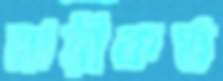
নারীকণ্ঠ